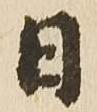
日